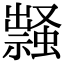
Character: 𧑎